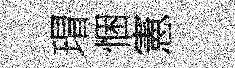
瑁悃憲